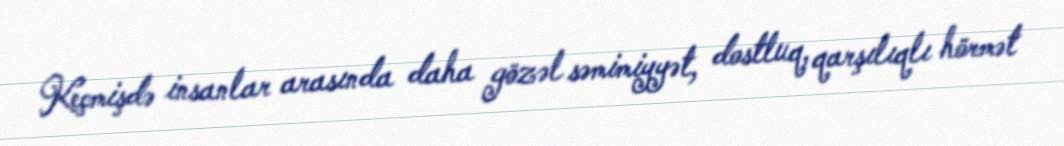
Keçmişdə insanlar arasında daha gözəl səmimiyyət, dostluq, qarşılıqlı hörmət